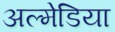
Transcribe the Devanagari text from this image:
अल्मेडिया